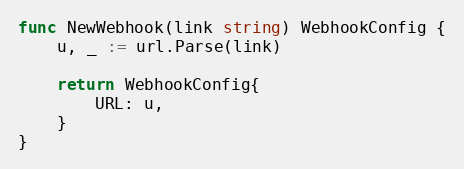
Language: Go
func NewWebhook(link string) WebhookConfig {
	u, _ := url.Parse(link)

	return WebhookConfig{
		URL: u,
	}
}